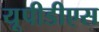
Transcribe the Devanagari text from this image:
यूपीडीएस